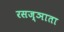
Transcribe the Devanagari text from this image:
रसज्ञाता